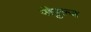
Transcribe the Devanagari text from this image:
पीपुल्ज